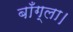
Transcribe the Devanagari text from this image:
बाँग्ला।